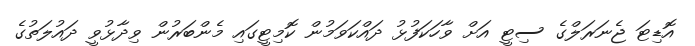
އޮޑިޓަ ޖެނަރަލްގެ ސިޓީ އަށް ވާހަކަފުޅު ދައްކަވަމުން ކޮމިޓީގައި މެންބަރުން ވިދާޅުވީ ދައުލަތުގެ